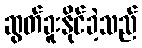
ဆွတ်ခူးနိုင်ခဲ့သည်